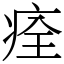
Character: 痊